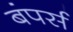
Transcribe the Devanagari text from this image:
बंपर्स